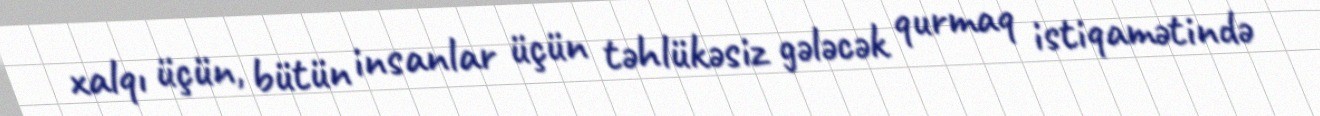
xalqı üçün, bütün insanlar üçün təhlükəsiz gələcək qurmaq istiqamətində